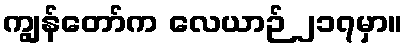
ကျွန်တော်က လေယာဉ် ၂၁၇မှာ။